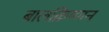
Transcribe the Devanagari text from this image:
बालक्रिष्णन